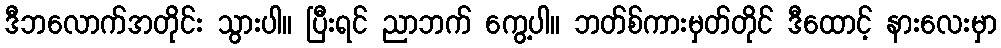
ဒီဘလောက်အတိုင်း သွားပါ။ ပြီးရင် ညာဘက် ကွေ့ပါ။ ဘတ်စ်ကားမှတ်တိုင် ဒီထောင့် နားလေးမှာ